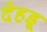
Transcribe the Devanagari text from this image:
देहड़ू